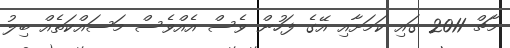
މާޗް 2011 ގައި ކަމަށާއި އޭގެ ފަހުން ވެސް އެއްވެސް މަސައްކަތެއް ބިލު